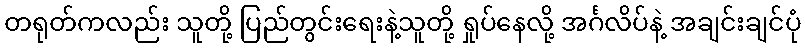
တရုတ်ကလည်း သူတို့ ပြည်တွင်းရေးနဲ့သူတို့ ရှုပ်နေလို့ အင်္ဂလိပ်နဲ့ အချင်းချင်ပုံ